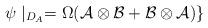
LaTeX: \begin{align*}\psi\mid_{D_{A}}=\Omega(\mathcal{A}\otimes\mathcal{B}+\mathcal{B}\otimes\mathcal{A})\}\end{align*}